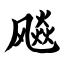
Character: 飚